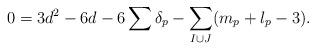
LaTeX: \begin{align*}0=3d^2-6d-6\sum \delta_p - \sum_{I \cup J}(m_p+l_p-3).\end{align*}